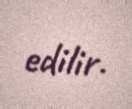
edilir.